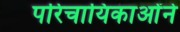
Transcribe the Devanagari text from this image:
परिचायिकाओंने